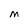
Character: M